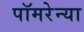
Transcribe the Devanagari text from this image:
पॉमरेन्या